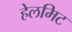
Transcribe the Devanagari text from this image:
हेलमिट